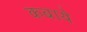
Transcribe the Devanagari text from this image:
कबाये